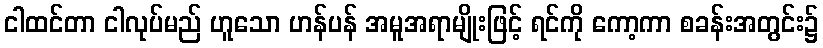
ငါထင်တာ ငါလုပ်မည် ဟူသော ဟန်ပန် အမူအရာမျိုးဖြင့် ရင်ကို ကော့ကာ စခန်းအတွင်း၌